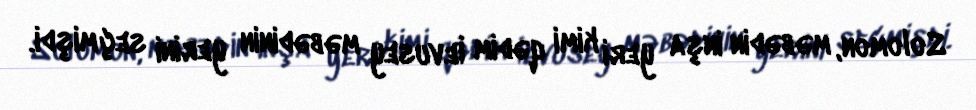
Solomon, məbədin inşa yeri kimi qədim İevusey məbədinin yerini seçmişdi.